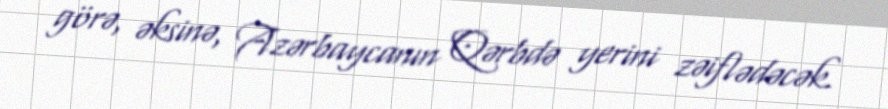
görə, əksinə, Azərbaycanın Qərbdə yerini zəiflədəcək.